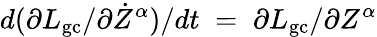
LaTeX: d(\partial L_{\mathrm{gc}}/\partial\dot{Z}^{\alpha})/dt\; =\; \partial L_{\mathrm{gc}}/\partial Z^{\alpha}